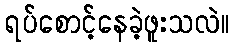
ရပ်စောင့်နေခဲ့ဖူးသလဲ။